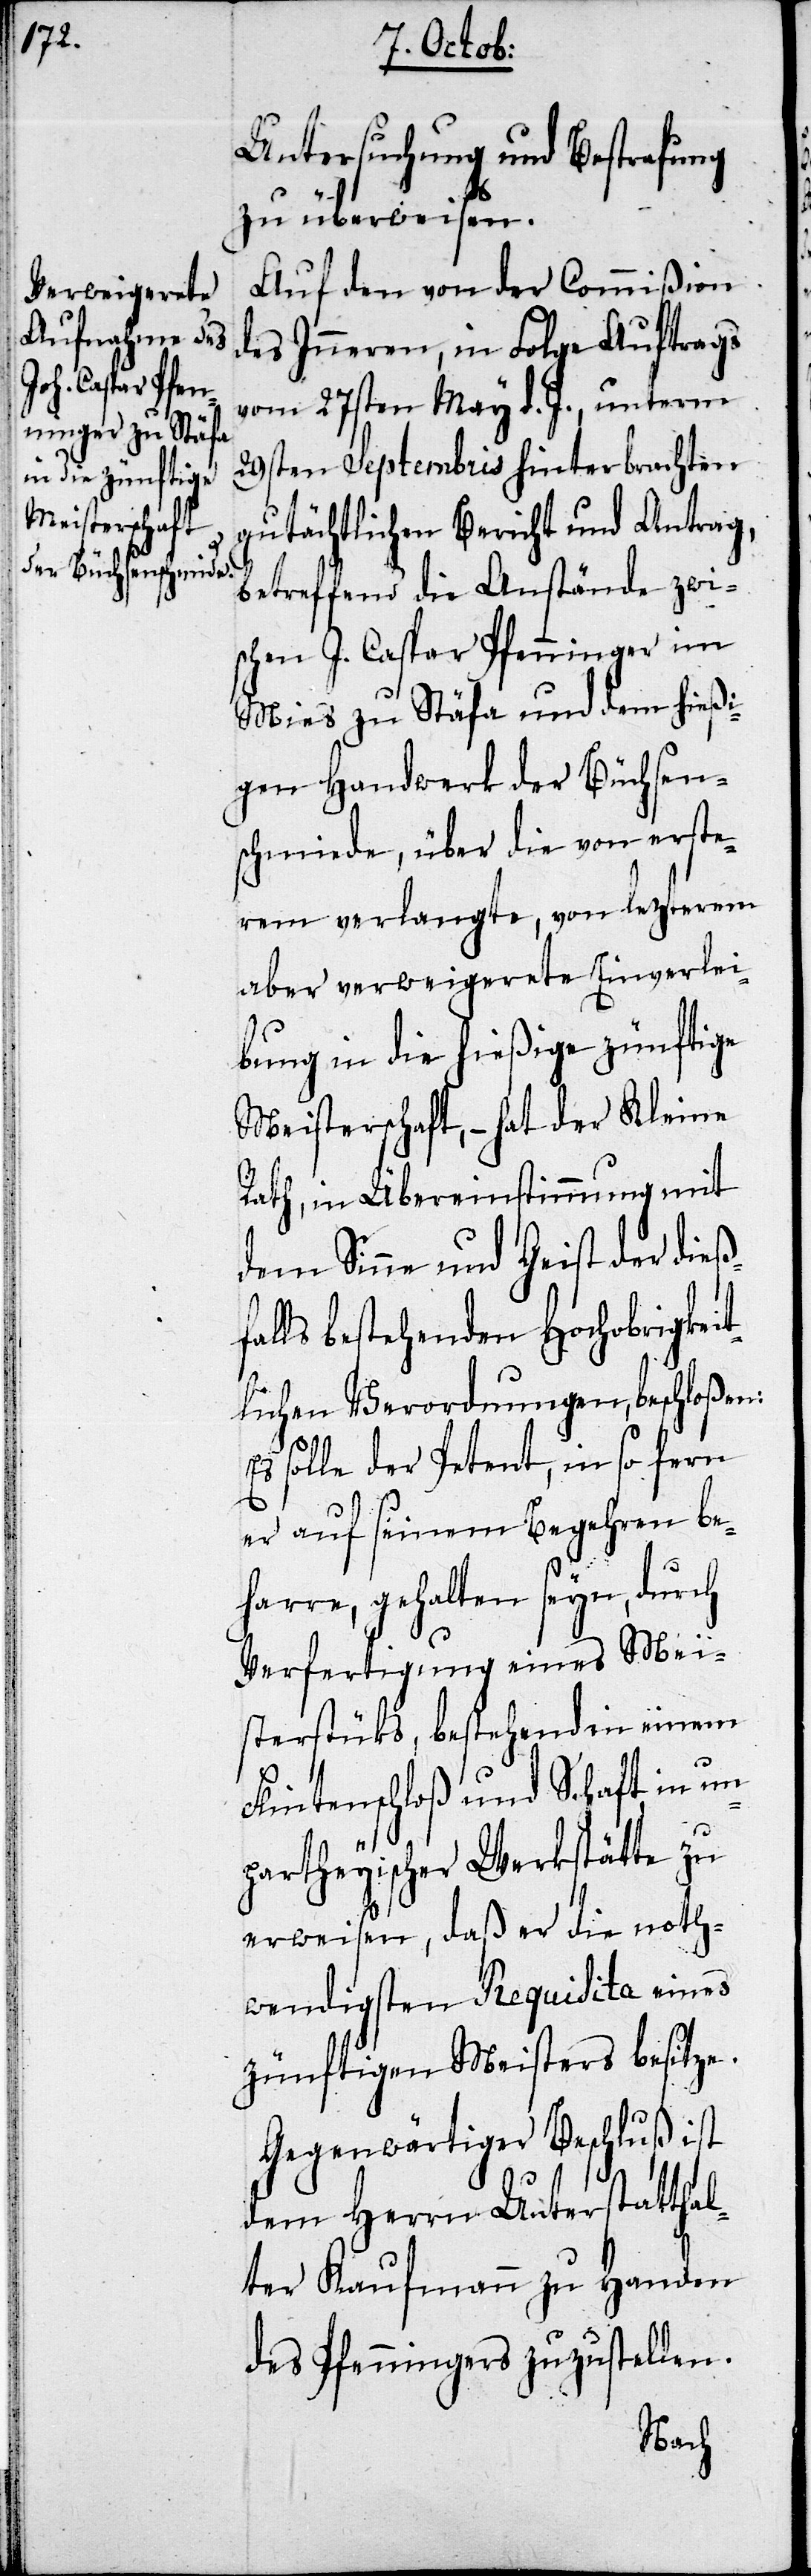
Untersuchung und Bestrafung
zu überweisen.
Auf den von der Commißion
des Inneren, in Folge Auftrags
27sten Septembris hinterbrachten
gutächtlichen Bericht und Antrag,
betreffend die Anstände zwi¬
schen J. Caspar Pfenninger im
Mies zu Stäfa und dem hießi¬
gen Handwerk der Büchsen¬
schmiede, über die von erste¬
rem verlangte, von lezterem
aber verweigerte Einverlei¬
bung in die hießige zünftige
Meisterschaft, – hat der Kleine
Rath, in Übereinstimmung mit
dem Sinne und Geist der dieß¬
alls bestehenden Hochobrigkei¬
tlichen Verordnungen, beschloßen:
Es solle der Petent, in so fern
er auf seinem Begehren be¬
harre, gehalten seyn, durch
Verfertigung eines Mei¬
sterstüks, bestehend in einem
Flintenschloß und Schaft, in un¬
partheyischer Werkstätte zu
erweisen, daß er die noth¬
wendigsten Requisita eines
zukünftigen Meisters besitze.
Gegenwärtiger Beschluß ist
f¬
dem Herrn Unterstatthal¬
ter Kaufmann zu Handen
des Pfenningers zuzustellen.